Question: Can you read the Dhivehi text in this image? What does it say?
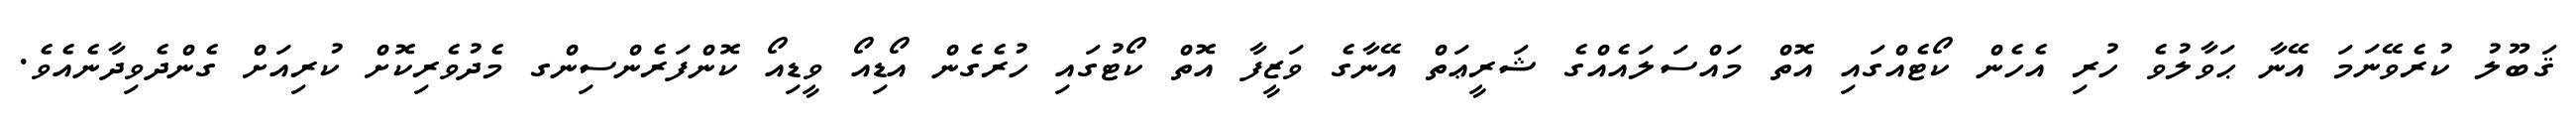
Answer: ޤަބޫލު ކުރެވޭނަމަ އޭނާ ޙަވާލުވެ ހުރި އެހެން ކޯޓެއްގައި އޮތް މައްސަލައެއްގެ ޝަރީޢަތް އޭނާގެ ވަޒީފާ އޮތް ކޯޓުގައި ހުރެގެން އޯޑިއޯ ވީޑިއޯ ކޮންފަރެންސިންގ މެދުވެރިކޮށް ކުރިއަށް ގެންދެވިދާނެއެވެ.